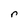
Character: r